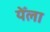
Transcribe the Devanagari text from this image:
येँला